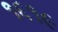
૧૬૧૯